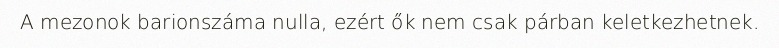
A mezonok barionszáma nulla, ezért ők nem csak párban keletkezhetnek.